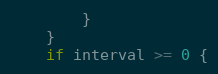
Language: Go
		}
	}
	if interval >= 0 {